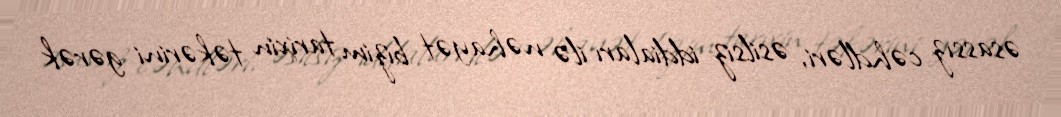
əsassız cəhdləri, əsilsiz iddiaları ilə nəhayət bizim tarixin təkərini gərək